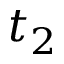
t _ { 2 }